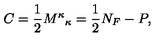
C = \frac { 1 } { 2 } { M ^ { \kappa } } _ { \kappa } = \frac { 1 } { 2 } N _ { F } - P ,